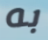
به